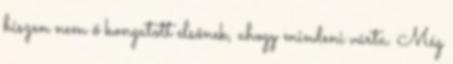
hiszen nem ő kongatott elsőnek, ahogy mindeni várta. Még